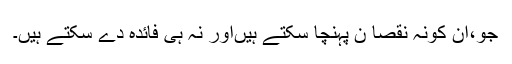
جو،اِن کونہ نقصا ن پہنچا سکتے ہیںاور نہ ہی فائدہ دے سکتے ہیں۔